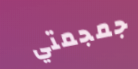
جمجمتي